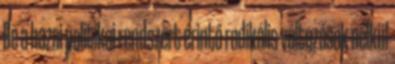
De a hazai politikai rendszert érintő radikális változások nélkül